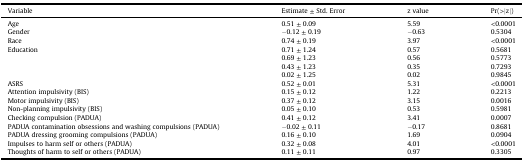
<table><thead><tr><td><b>Variable</b></td><td><b>Estimate ± Std. Error</b></td><td><b>z value</b></td><td><b>Pr(&gt;|z|)</b></td></tr></thead><tbody><tr><td>Age</td><td>0.51 ± 0.09</td><td>5.59</td><td>&lt;0.0001</td></tr><tr><td>Gender</td><td>−0.12 ± 0.19</td><td>−0.63</td><td>0.5304</td></tr><tr><td>Race</td><td>0.74 ± 0.19</td><td>3.97</td><td>&lt;0.0001</td></tr><tr><td rowspan="4">Education</td><td>0.71 ± 1.24</td><td>0.57</td><td>0.5681</td></tr><tr><td>0.69 ± 1.23</td><td>0.56</td><td>0.5773</td></tr><tr><td>0.43 ± 1.23</td><td>0.35</td><td>0.7293</td></tr><tr><td>0.02 ± 1.25</td><td>0.02</td><td>0.9845</td></tr><tr><td>ASRS</td><td>0.52 ± 0.01</td><td>5.31</td><td>&lt;0.0001</td></tr><tr><td>Attention impulsivity (BIS)</td><td>0.15 ± 0.12</td><td>1.22</td><td>0.2213</td></tr><tr><td>Motor impulsivity (BIS)</td><td>0.37 ± 0.12</td><td>3.15</td><td>0.0016</td></tr><tr><td>Non-planning impulsivity (BIS)</td><td>0.05 ± 0.10</td><td>0.53</td><td>0.5981</td></tr><tr><td>Checking compulsion (PADUA)</td><td>0.41 ± 0.12</td><td>3.41</td><td>0.0007</td></tr><tr><td>PADUA contamination obsessions and washing compulsions (PADUA)</td><td>−0.02 ± 0.11</td><td>−0.17</td><td>0.8681</td></tr><tr><td>PADUA dressing grooming compulsions (PADUA)</td><td>0.16 ± 0.10</td><td>1.69</td><td>0.0904</td></tr><tr><td>Impulses to harm self or others (PADUA)</td><td>0.32 ± 0.08</td><td>4.01</td><td>&lt;0.0001</td></tr><tr><td>Thoughts of harm to self or others (PADUA)</td><td>0.11 ± 0.11</td><td>0.97</td><td>0.3305</td></tr></tbody></table>